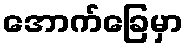
အောက်ခြေမှာ